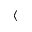
\langle